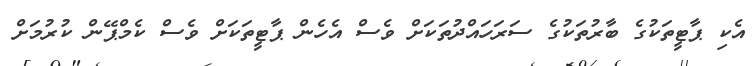
އެކި ޕާޓީތަކުގެ ބާރުތަކުގެ ސަރަހައްދުތަކަށް ވެސް އެހެން ޕާޓީތަކަށް ވެސް ކެމްޕޭން ކުރުމަށް